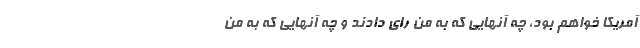
آمریکا خواهم بود، چه آنهایی که به من رای دادند و چه آنهایی که به من